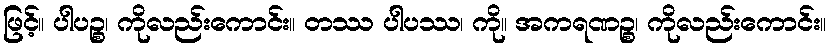
ဖြင့်။ ပါပဉ္စ၊ ကိုလည်းကောင်း။ တဿ ပါပဿ၊ ကို။ အကရဏဉ္စ၊ ကိုလည်းကောင်း။